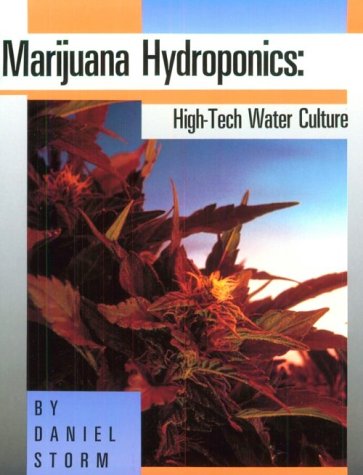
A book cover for Marijuana Hydroponics: High-Tech Water Culture; Daniel Storm; Science & Math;